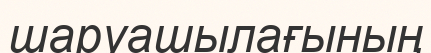
шаруашылағының